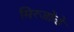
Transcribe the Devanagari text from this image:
मिरजोळे